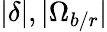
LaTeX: \lvert\delta\rvert,\lvert\Omega_{b/r}\rvert